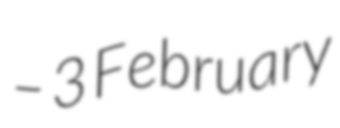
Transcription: – 3 February